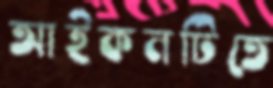
আইকনটিতে